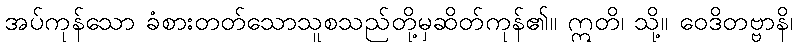
အပ်ကုန်သော ခံစားတတ်သောသူစသည်တို့မှဆိတ်ကုန်၏။ ဣတိ၊ သို့။ ဝေဒိတဗ္ဗာနိ၊